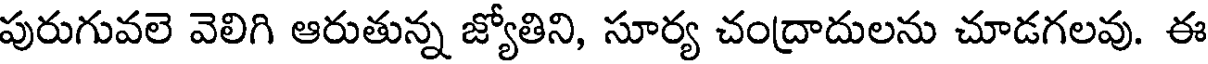
పురుగువలె వెలిగి ఆరుతున్న జ్యోతిని, సూర్య చంద్రాదులను చూడగలవు. ఈ